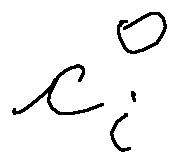
c _ { i } ^ { 0 }